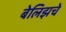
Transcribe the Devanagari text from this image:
बेलिझचे